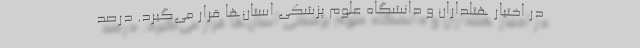
در اختیار هتلداران و دانشگاه علوم پزشکی استان‌ها قرار می‌گیرد. درصد